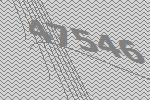
47546